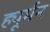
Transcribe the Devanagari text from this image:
ह्यूर्मन